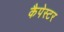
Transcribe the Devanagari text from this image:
कैपेस्टर